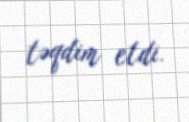
təqdim etdi.